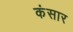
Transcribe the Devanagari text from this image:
कंसार